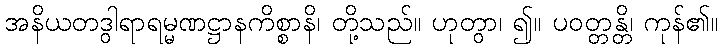
အနိယတဒွါရာရမ္မဏဋ္ဌာနကိစ္စာနိ၊ တို့သည်။ ဟုတွာ၊ ၍။ ပဝတ္တန္တိ၊ ကုန်၏။